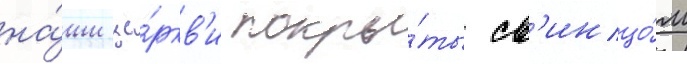
на́ши це́ркв'и покры́ты св'инцо́м